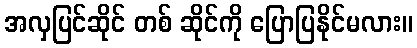
အလှပြင်ဆိုင် တစ် ဆိုင်ကို ပြောပြနိုင်မလား။